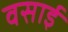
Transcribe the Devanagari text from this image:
वसाई